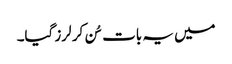
میں یہ بات سُن کر لرز گیا۔